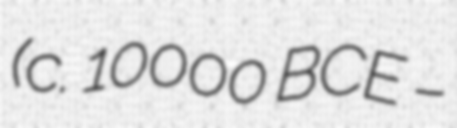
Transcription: (c. 10000 BCE –